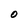
Character: 0